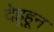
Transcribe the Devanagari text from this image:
देहूहून